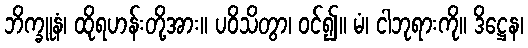
ဘိက္ခူနံ၊ ထိုရဟန်းတို့အား။ ပဝိသိတွာ၊ ဝင်၍။ မံ၊ ငါဘုရားကို။ ဒိဋ္ဌေန၊